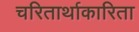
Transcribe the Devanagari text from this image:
चरितार्थाकारिता